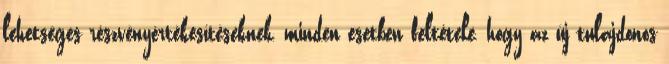
lehetséges részvényértékesítéseknek, minden esetben feltétele, hogy az új tulajdonos